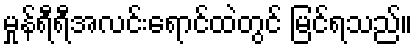
မှုန်ရီရီအလင်းရောင်ထဲတွင် မြင်ရသည်။